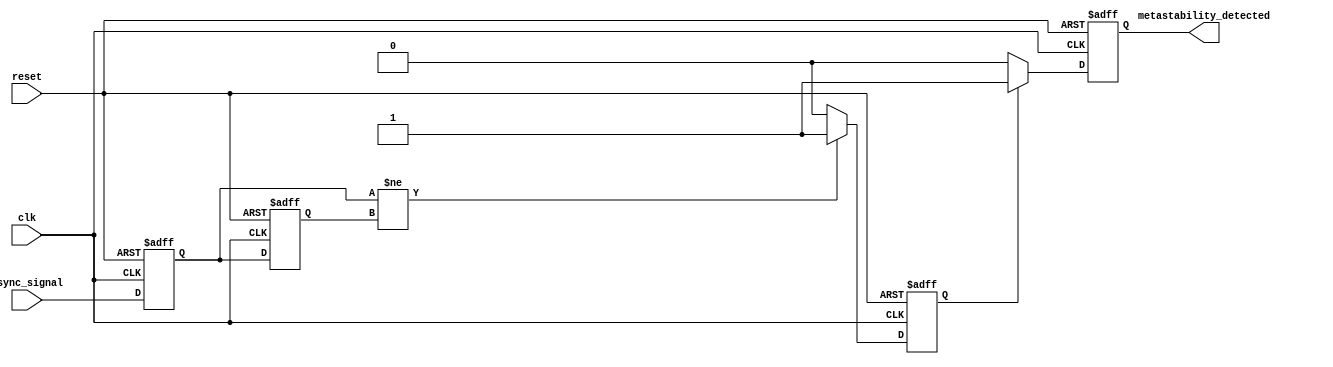
module metastability_detector (
    input wire clk,               // Clock input
    input wire async_signal,      // Asynchronous input signal
    input wire reset,             // Reset signal
    output reg metastability_detected // Output signal indicating metastability detection
);

    // Internal signals for flip-flops
    reg ff1, ff2;

    // Pulse generation logic
    reg pulse; // Intermediate pulse signal

    // Flip-flop sampling
    always @(posedge clk or posedge reset) begin
        if (reset) begin
            ff1 <= 1'b0;
            ff2 <= 1'b0;
        end else begin
            ff1 <= async_signal; // Sample the asynchronous signal
            ff2 <= ff1;          // Sample the output of the first flip-flop
        end
    end

    // Pulse generation logic
    always @(posedge clk or posedge reset) begin
        if (reset) begin
            pulse <= 1'b0;
        end else begin
            // Generate pulse when ff1 and ff2 are different
            if (ff1 != ff2) begin
                pulse <= 1'b1; // Indicate potential metastability
            end else begin
                pulse <= 1'b0; // Clear pulse
            end
        end
    end

    // Metastability detection output
    always @(posedge clk or posedge reset) begin
        if (reset) begin
            metastability_detected <= 1'b0;
        end else begin
            // Set metastability_detected high for one clock cycle
            if (pulse) begin
                metastability_detected <= 1'b1;
            end else begin
                metastability_detected <= 1'b0; // Clear the detection
            end
        end
    end

endmodule